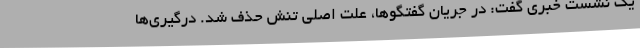
یک نشست خبری گفت: در جریان گفتگوها، علت اصلی تنش حذف شد. درگیری‌ها